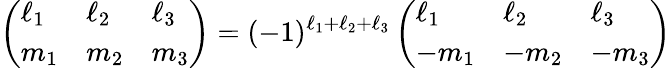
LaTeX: \left(\begin{array}{lll}{\ell_{1}}&{\ell_{2}}&{\ell_{3}}\\ {m_{1}}&{m_{2}}&{m_{3}}\end{array}\right)=(-1)^{\ell_{1}+\ell_{2}+\ell_{3}}\left(\begin{array}{lll}{\ell_{1}}&{\ell_{2}}&{\ell_{3}}\\ {-m_{1}}&{-m_{2}}&{-m_{3}}\end{array}\right)